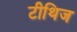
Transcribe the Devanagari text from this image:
टीथिज